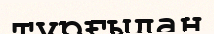
тұрғыдан